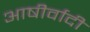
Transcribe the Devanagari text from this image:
आषीर्वादी